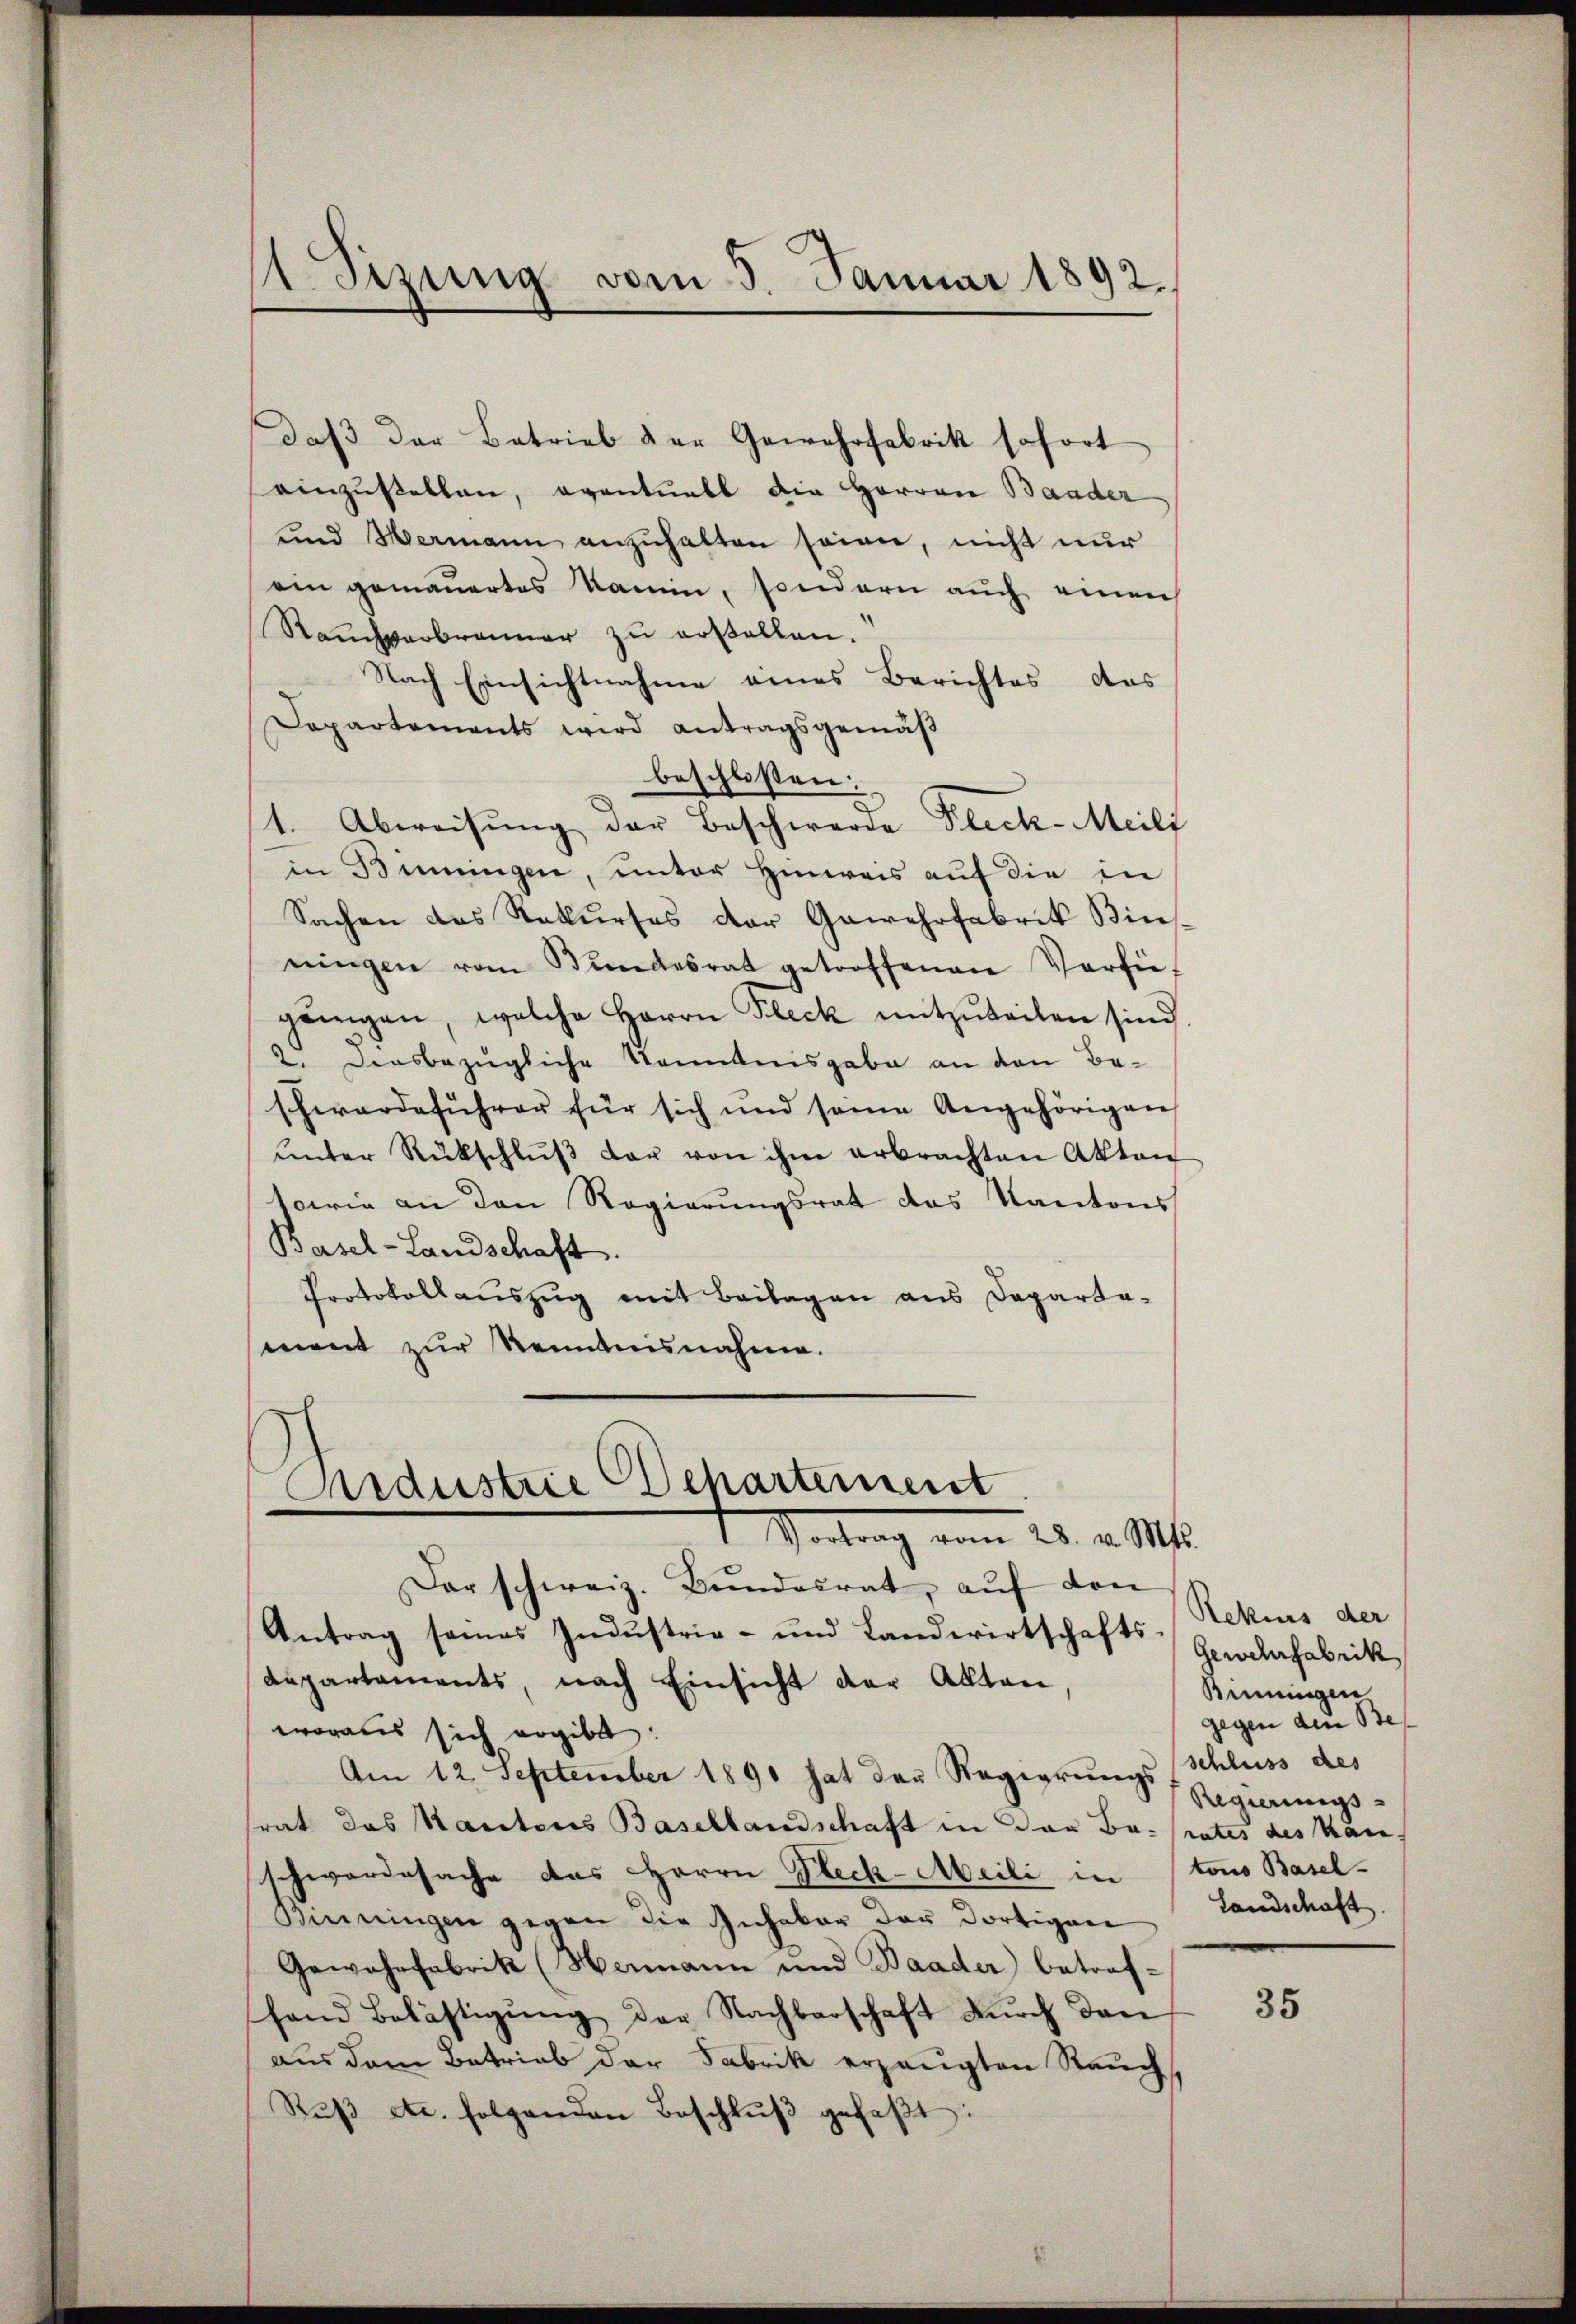
1 Sizung vom 5. Januar 1892.

daß der Betrieb der Gewehrfabrik sofort
einzustellen, eventuell die Herren Baader
und Hermann anzŭhalten seien, nicht nur
ein gemauertes Kamin, sondern auch einen
Raŭchverbranner zŭ erstellen.
Nach Einsichtnahme eines Berichtes das
Departements wird antragsgemäβ
beschlossen:
1. Abweisung der Beschwerde Fleck-Meili
in Benningen, unter Hinweis auf die in
Sachen des Rekurses der Gewehrfabrik Binningen vom Bundesrat getroffenen Verfü-
gängen, welche Herrn Fleck mitzuteilen sind
2. Diesbezügliche Kenntnisgabe an den Beschwerdeführer für sich und seine Angehörigen
ŭnter Rückschlŭβ der von ihm erbrachten Akten
sowie an den Regierungsrat das Kantons
Basel-Landschaft.
Protokollauszug mit Beilagen aus Departa-
ment zur Kenntnisnahme.
Ardustrie Departement

1 Vortrag vom 28. v. Mts.

Der schweiz. Bundesrat, auf den
Antrag seines Industrie- und Landwirtschaftsdepartaments, nach Einsicht der Akten,
woraus sich ergibt:
Am 12. September 1890 hat der Regierŭngs
srat das Kantons Basellandschaft in der Berates des Kanschwerdesache das Herrn Steck-Meili in tous Basel-
Binningen gegen die Inhaber der dortigen
Gewohnfabrik (Hermann und Baader betreffand Belästigŭng der Nachbarschaft dŭrch dan
aus dem Betrieb der Fabrik erzeugten Rauch,
Rŭβ etc. folgenden Beschlŭβ gefaβt:

Rekurs der
Gewehrfabrik
Binnigen
gegen dem Beschluss des
Regierungs-
Landschaft.

35